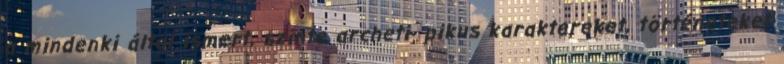
a mindenki által ismert, szinte archeti- pikus karaktereket, történeteket